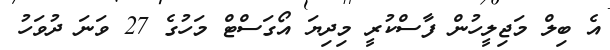
އެ ބިލް މަޖިލީހުން ފާސްކުރީ މިދިޔަ އޯގަސްޓް މަހުގެ 27 ވަނަ ދުވަހު